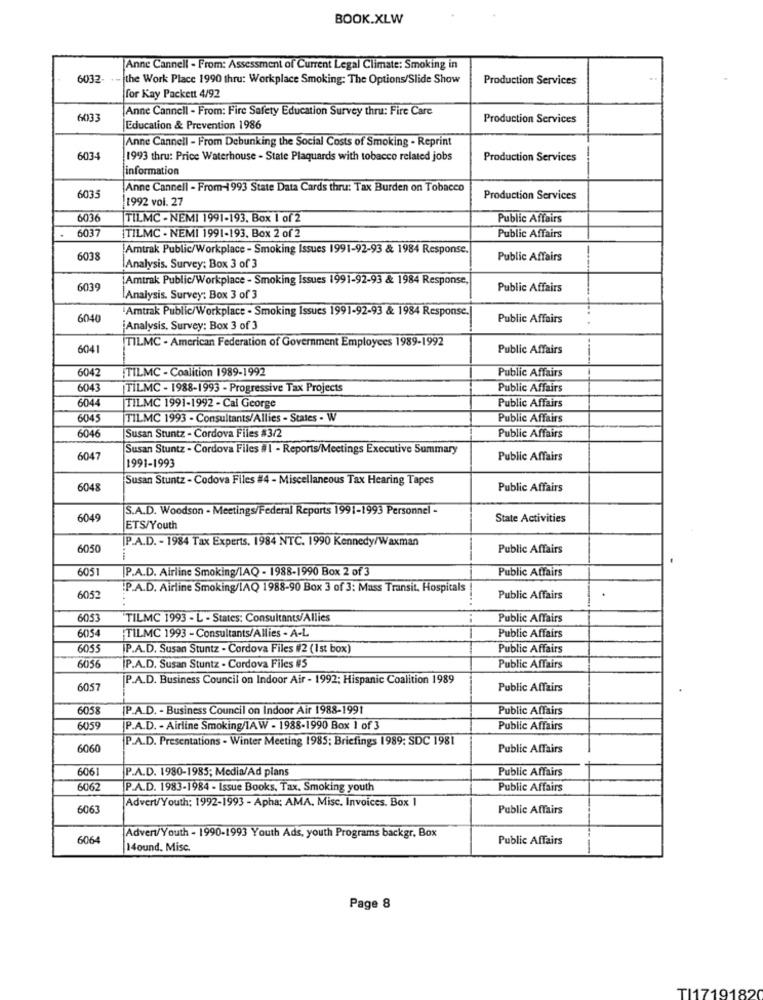
BOOK.XLW
Anne Cannell - From: Assessment of Current Legal Climate: Smoking in
6032-
the Work Place 1990 thru: Workplace Smoking: The Options/Slide Show
Production Services
for Kay Packett 4/92
Anne Cannell - From: Fire Safety Education Survey thru: Fire Care
6033
Production Services
Education & Prevention 1986
Anne Cannell - From Debunking the Social Costs of Smoking - Reprint
6034
1993 thru: Price Waterhouse - State Plaquards with tobacco related jobs
Production Services
information
Anne Cannell - From-1993 State Data Cards thru: Tax Burden on Tobacco
6035
1992 vol. 27
Production Services
6036
TILMC - NEMI 1991-193. Box 1 of 2
Public Affairs
6037
TILMC . NEMI 1991-193. Box 2 of 2
Public Affairs
Amtrak Public/Workplace - Smoking Issues 1991-92-93 & 1984 Response.
6038
Public Affairs
Analysis. Survey: Box 3 of 3
[Amtrak Public/Workplace - Smoking Issues 1991-92-93 & 1984 Response
6039
Public Affairs
Analysis. Survey: Box 3 of 3
Amtrak Public/Workplace - Smoking Issues 1991-92-93 & 1984 Response.
6040
Public Affairs
¡Analysis. Survey: Box 3 of 3
TILMC - American Federation of Government Employees 1989-1992
6041
Public Affairs
6042
TILMC - Coalition 1989-1992
Public Affairs
6043
TILMC - 1988-1993 - Progressive Tax Projects
Public Affairs
6044
Public Affairs
TILMC 1991-1992 - Cal George
6045
TILMC 1993 - Consultants/Allies - States - W
Public Affairs
6046
Susan Stuntz - Cordova Files #3/2
Public Affairs
Susan Stuntz - Cordova Files ill - Reports/Meetings Executive Summary
6047
Public Affairs
1991-1993
Susan Stuntz - Codova Files #4 - Miscellaneous Tax Hearing Tapes
6048
Public Affairs
S.A.D. Woodson - Meetings/Federal Reports 1991-1993 Personnel:
6049
State Activities
ETS/Youth
P.A.D. - 1984 Tax Experts. 1984 NTC. 1990 Kennedy/Waxman
6050
Public Affairs
6051
P.A.D. Airline Smoking/IAQ - 1988-1990 Box 2 of 3
Public Affairs
.P.A.D. Airline Smoking/IAQ 1988-90 Box 3 of 3: Mass Transit, Hospitals
6052
Public Affairs
6053
TILMC 1993 - L - States: Consultants/Allies
Public Affairs
6054
Public Affairs
TILMC 1993 - Consultants/Allies - A-L
6055
IP.A.D. Susan Stuntz - Cordova Files #2 (Ist box)
Public Affairs
6056
[P.A.D. Susan Stuntz - Cordova Files #5
Public Affairs
[P.A.D. Business Council on Indoor Air - 1992; Hispanic Coalition 1989
6057
Public Affairs
6058
[P.A.D. - Business Council on Indoor Air 1988-1991
Public Affairs
6059
P.A.D. - Airline Smoking/IA W - 1988-1990 Box 1 of 3
Public Affairs
P.A.D. Presentations - Winter Meeting 1985; Briefings 1989: SDC 1981
6060
Public Affairs
6061
P.A.D. 1980-1985; Media/Ad plans
Public Affairs
6062
P.A.D. 1983-1984 - Issue Books, Tax. Smoking youth
Public Affairs
Advert/Youth; 1992-1993 - Apha: AMA, Misc. Invoices. Box I
6063
Public Affairs
6064
Advent/Youth - 1990-1993 Youth Ads, youth Programs backgr. Box
Public Affairs
14ound. Misc.
-
Page 8
TI17191820